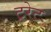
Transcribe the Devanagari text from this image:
टूरेट